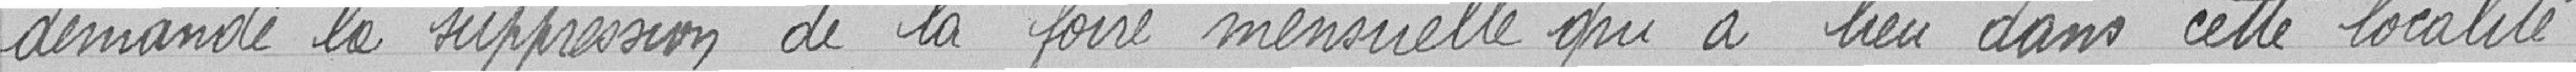
demande la suppression de la foire mensuelle qui a lieu dans cette localité.